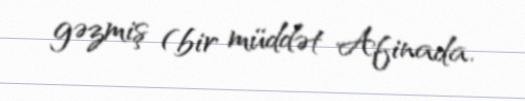
gəzmiş (bir müddət Afinada.